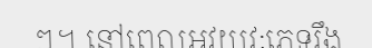
ៗ។ នៅពេលអវយវៈភេទរឹង